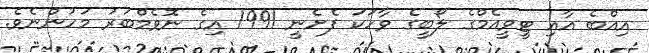
އިއްބެ އާއި ޓީވީއެމްގެ ލޯބީގެ ވާހަކަ ފެށެނީ 1991 އިގެ ނޮވެމްބަރު މަހުންނެވެ.